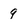
Character: 9